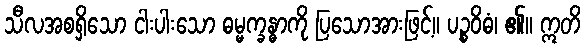
သီလအစရှိသော ငါးပါးသော ဓမ္မက္ခန္ဓာကို ပြသောအားဖြင့်။ ပဉ္စဝိဓံ၊ ၏။ ဣတိ